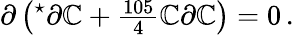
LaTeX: \partial\left({}^{\star}\partial\mathbb{C}+{\textstyle\frac{{105}}{{4}}}\mathbb{C}\partial\mathbb{C}\right)=0\, .